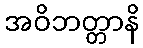
အဝိဘတ္တာနိ